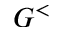
G ^ { < }